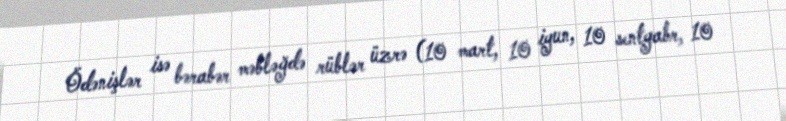
Ödənişlər isə bərabər məbləğdə rüblər üzrə (10 mart, 10 iyun, 10 sentyabr, 10